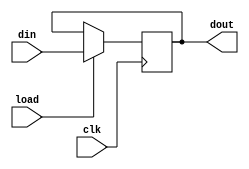
module ar(clk,load,din,dout);
  input clk,load;
  input [5:0] din;
  output [5:0] dout;
  
  reg [5:0] d;
  
  assign dout = d;
  
  always @(posedge clk)
  begin
    if(load)
      d = din;
  end
  
endmodule